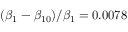
( \beta _ { 1 } - \beta _ { 1 0 } ) / \beta _ { 1 } = 0 . 0 0 7 8